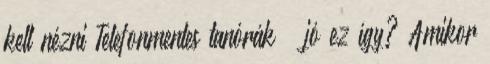
kell nézni Telefonmentes tanórák – jó ez így? Amikor